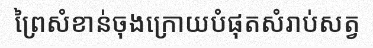
ព្រៃសំខាន់ចុងក្រោយបំផុតសំរាប់សត្វ